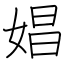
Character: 娼